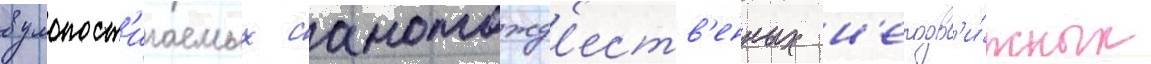
в умопост'игаемых самотожд'еств'енных н'еподв'и́жных